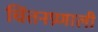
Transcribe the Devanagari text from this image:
चिंतनप्रणाली